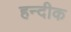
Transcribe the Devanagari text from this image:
हन्दीक